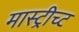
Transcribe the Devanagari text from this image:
मास्ट्रीच्ट